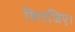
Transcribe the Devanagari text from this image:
विराजिए।